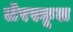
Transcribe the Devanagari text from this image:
लेरस्कूल